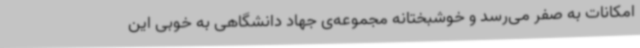
امکانات به صفر می‌رسد و خوشبختانه مجموعه‌ی جهاد دانشگاهی به خوبی این